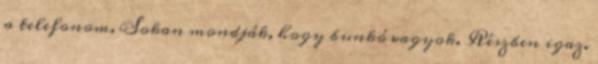
a telefonom. Sokan mondják, hogy bunkó vagyok. Részben igaz.